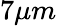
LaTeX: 7\mu m